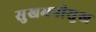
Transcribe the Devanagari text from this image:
सुखमनीसुख